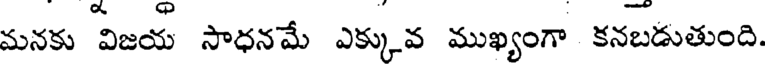
మనకు విజయ సాధనమే ఎక్కువ ముఖ్యంగా కనబడుతుంది.